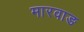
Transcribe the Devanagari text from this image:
मारवाङ